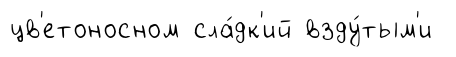
цв'етоносном сла́дк'ий взду́тым'и